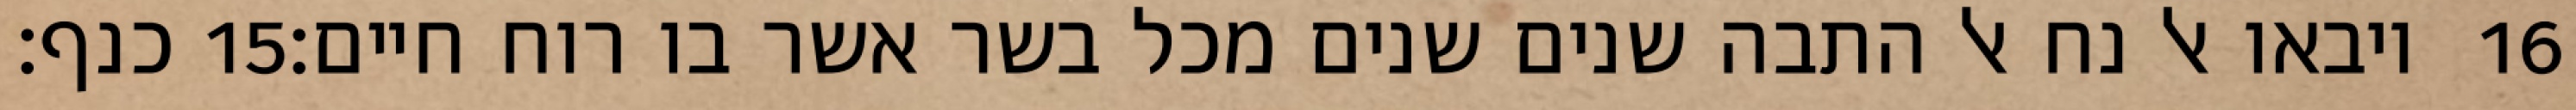
כנף׃ ‎15‏ ויבאו אל נח אל התבה שנים שנים מכל בשר אשר בו רוח חיים׃ ‎16‏